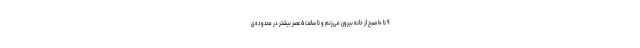
۹ تا ۱۰ صبح از خانه بیرون می‌زنم و تا ساعت ۵ عصر بیشتر در محدوده‌ی